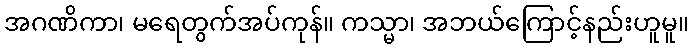
အဂဏိကာ၊ မရေတွက်အပ်ကုန်။ ကသ္မာ၊ အဘယ်ကြောင့်နည်းဟူမူ။